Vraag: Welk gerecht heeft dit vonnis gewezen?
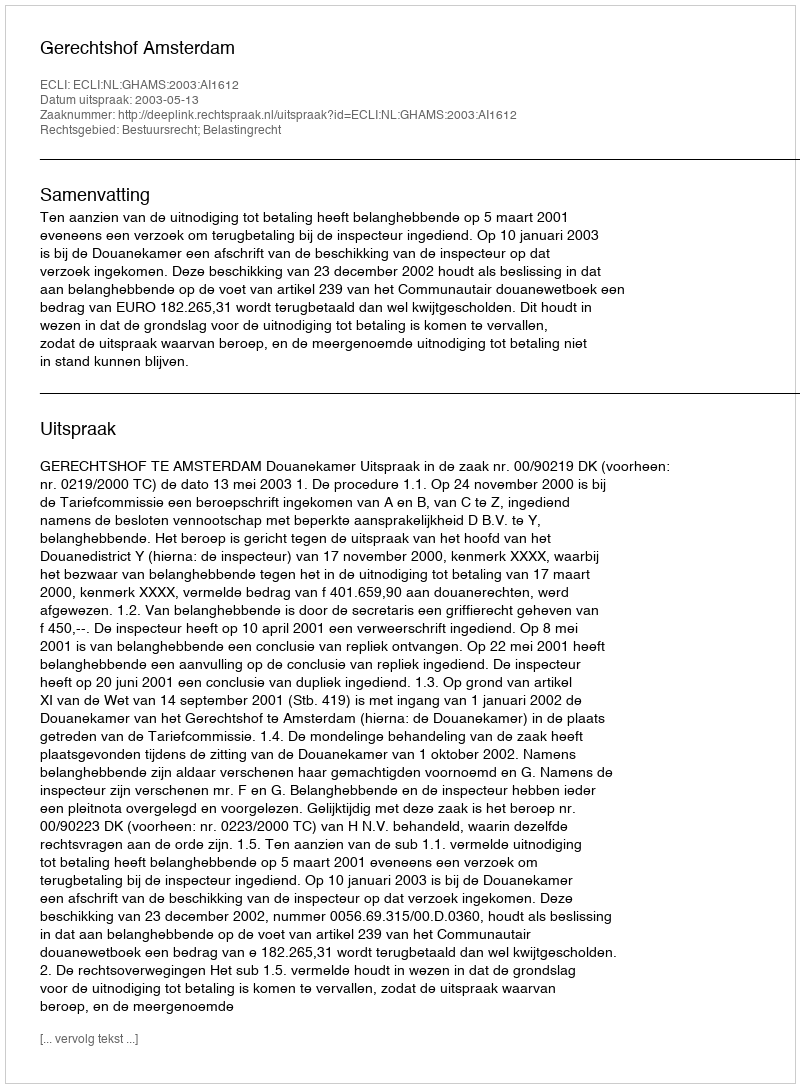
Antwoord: Gerechtshof Amsterdam